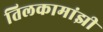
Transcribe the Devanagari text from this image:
तिलकामांझी